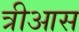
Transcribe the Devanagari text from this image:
त्रीआस